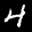
Label: 4